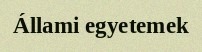
Állami egyetemek